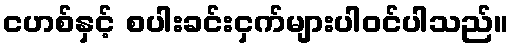
ငဟစ်နှင့် စပါးခင်းငှက်များပါဝင်ပါသည်။